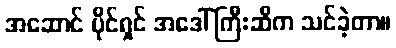
အဆောင် ပိုင်ရှင် အဒေါ်ကြီးဆီက သင်ခဲ့တာ။